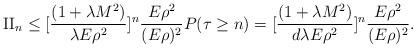
LaTeX: \begin{align*}\textrm{II}_n\leq[\frac{(1+\lambda M^2)}{\lambda E\rho^2}]^n\frac{E\rho^2}{(E\rho)^2}P(\tau\geq n)=[\frac{(1+\lambda M^2)}{d\lambda E\rho^2}]^n\frac{E\rho^2}{(E\rho)^2}.\end{align*}